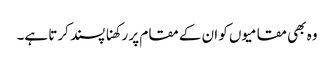
وہ بھی مقامیوں کو ان کے مقام پر رکھنا پسند کرتا ہے۔